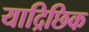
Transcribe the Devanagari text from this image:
याद्रिछिक